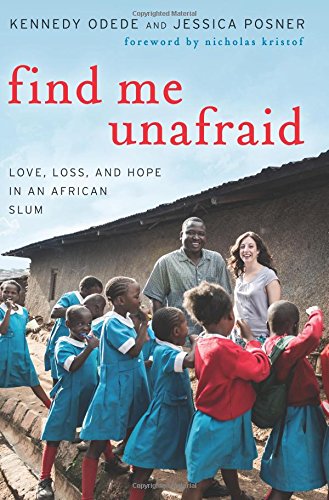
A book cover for Find Me Unafraid: Love, Loss, and Hope in an African Slum; Kennedy Odede; Education & Teaching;